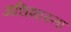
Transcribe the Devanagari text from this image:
अधिशास्ता